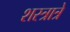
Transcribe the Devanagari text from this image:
शस्त्रात्रे